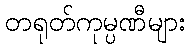
တရုတ်ကုမ္ပဏီများ